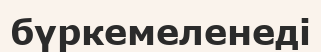
бүркемеленеді